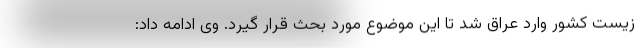
زیست کشور وارد عراق شد تا این موضوع مورد بحث قرار گیرد. وی ادامه داد: